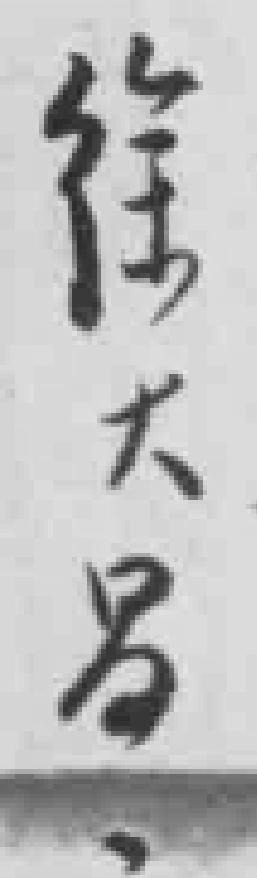
徐大吕